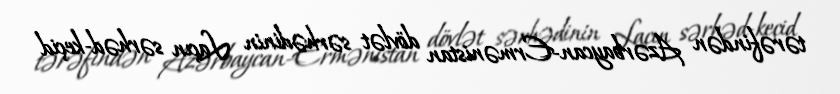
tərəfindən Azərbaycan-Ermənistan dövlət sərhədinin Laçın sərhəd-keçid